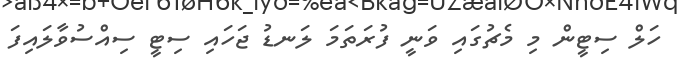
ހަލް ސިޓީން މި މެޗުގައި ވަނީ ފުރަތަމަ ލަނޑު ޖަހައި ސިޓީ ސިއްސުވާލައިފަ